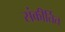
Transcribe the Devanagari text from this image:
संकीर्तित